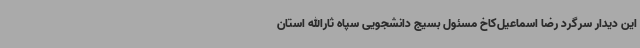
این دیدار سرگرد رضا اسماعیل‌کاخ مسئول بسیج دانشجویی سپاه ثارالله استان